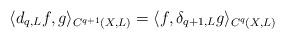
LaTeX: \begin{align*}\langle d_{q,L} f , g \rangle_{C^{q+1}(X,L)} = \langle f, \delta_{q+1,L} g \rangle_{C^q(X,L)} \end{align*}